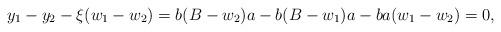
LaTeX: \begin{align*}y_1-y_2-\xi(w_1-w_2) &= b(B-w_2)a - b(B-w_1)a - ba(w_1-w_2)=0,\end{align*}